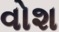
વોશ